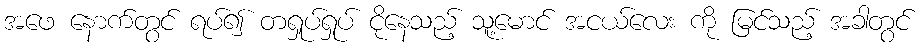
အဖေ နောက်တွင် ရပ်၍ တရှုပ်ရှုပ် ငိုနေသည့် သူ့မောင် အငယ်လေး ကို မြင်သည့် အခါတွင်